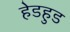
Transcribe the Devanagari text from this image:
हेडहुड